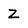
Character: Z